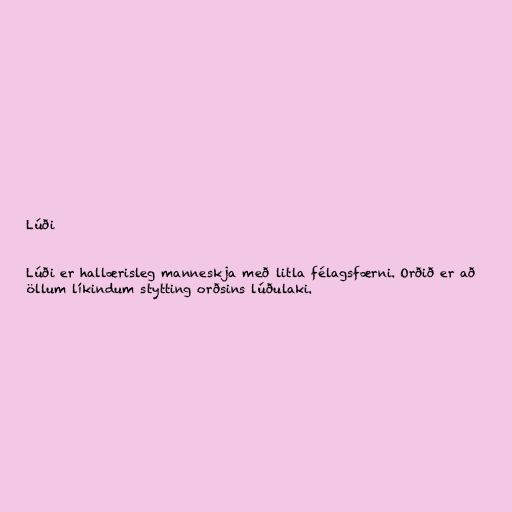
Lúði

Lúði er hallærisleg manneskja með litla félagsfærni. Orðið er að
öllum líkindum stytting orðsins lúðulaki.